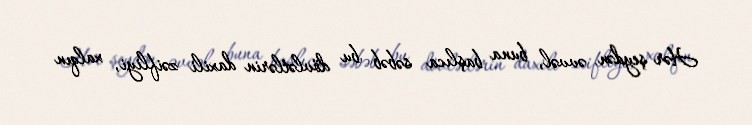
Hər şeydən əvvəl, buna başlıca səbəb bu dövlətlərin daxili zəifliyi, xalqın